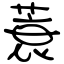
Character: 蓑